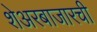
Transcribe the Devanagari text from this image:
शेअरबाजारची